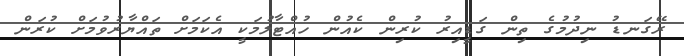
ރޭގަނޑު ނިދުމުގެ ތިން ގަޑީއިރު ކުރިން ކެއުން ހުއްޓާލުމަކީ އެކަމަށް ތައްޔާރުވުމަށް ކުރަން